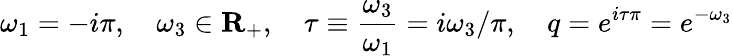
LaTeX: \omega_{1}=-i\pi,\quad\omega_{3}\in{\mathbf R}_{+},\quad\tau\equiv{\frac{\omega_{3}}{\omega_{1}}}=i\omega_{3}/\pi,\quad q=e^{i\tau\pi}=e^{-\omega_{3}}